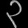
Digit: ၃